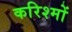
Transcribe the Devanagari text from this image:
करिश्मों